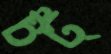
চট্‌